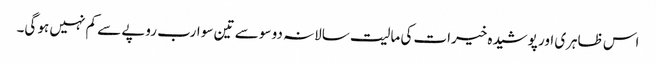
اس ظاہری اور پوشیدہ خیرات کی مالیت سالانہ دو سو سے تین سو ارب روپے سے کم نہیں ہو گی۔